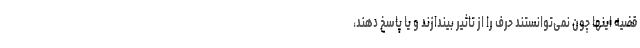
قضیه اینها چون نمی‌توانستند حرف را از تاثیر بیندازند و یا پاسخ دهند،